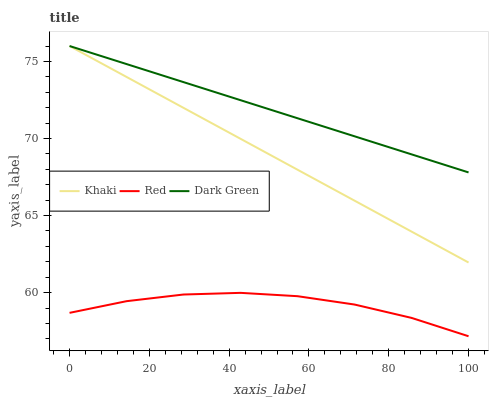
| xaxis_label | Khaki | Red | Dark Green |
 | --- | --- | --- | --- |
 | 0 | 76 | 58.7 | 76 |
 | 14.3 | 74 | 59.4 | 74.8 |
 | 28.6 | 72 | 59.9 | 73.7 |
 | 42.9 | 70 | 60 | 72.5 |
 | 57.1 | 68 | 59.8 | 71.3 |
 | 71.4 | 66 | 59.2 | 70.1 |
 | 85.7 | 64 | 58.4 | 69 |
 | 100 | 62 | 57.2 | 67.8 |